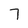
Character: 7